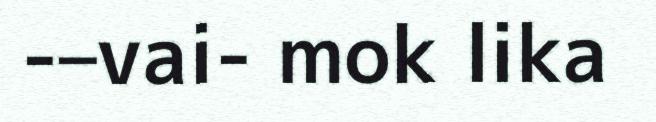
-–vai- mok lika